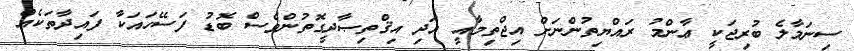
ސިނަމާލެ ބުރިޖަކީ ޢާންމު ރައްޔިތުންނަށް އިޖްތިމާއީ އަދި އިޤްތިޞާދީގޮތުންވެސް ބޮޑު ފަސޭހައަކާ ފައިދާތަކެއް